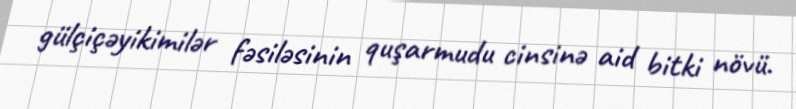
gülçiçəyikimilər fəsiləsinin quşarmudu cinsinə aid bitki növü.